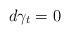
LaTeX: \begin{align*} d\gamma_t=0\end{align*}